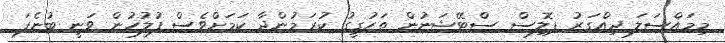
މިމައްސަލަ ދިއްގަރު ޕޮލިސް ސްޓޭޝަނުން ތަހުގީގު ކުރަމުންދާ ކަމަށްވެސް ފުލުހުން ވަނީ ބުނެފަ